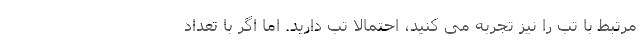
مرتبط با تب را نیز تجربه می کنید، احتمالا تب دارید. اما اگر با تعداد